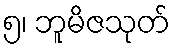
၅၊ ဘူမိဇသုတ်